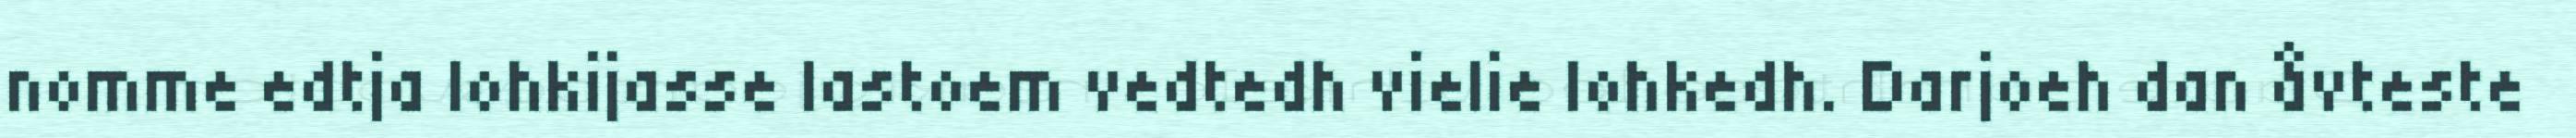
nomme edtja lohkijasse lastoem vedtedh vielie lohkedh. Darjoeh dan åvteste